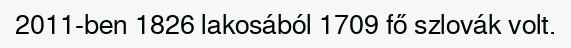
2011-ben 1826 lakosából 1709 fő szlovák volt.